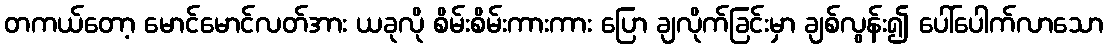
တကယ်တော့ မောင်မောင်လတ်အား ယခုလို စိမ်းစိမ်းကားကား ပြော ချလိုက်ခြင်းမှာ ချစ်လွန်း၍ ပေါ်ပေါက်လာသော